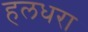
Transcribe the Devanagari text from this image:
हलधरा